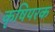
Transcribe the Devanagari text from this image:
कृषिपरक